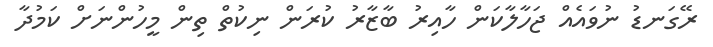
ރޭގަނޑު ނުވައެއް ޖަހާލާކަން ހާއިރު ބާޒާރު ކުރަން ނިކުތް ތިން މީހުންނަށް ކަމުދާ